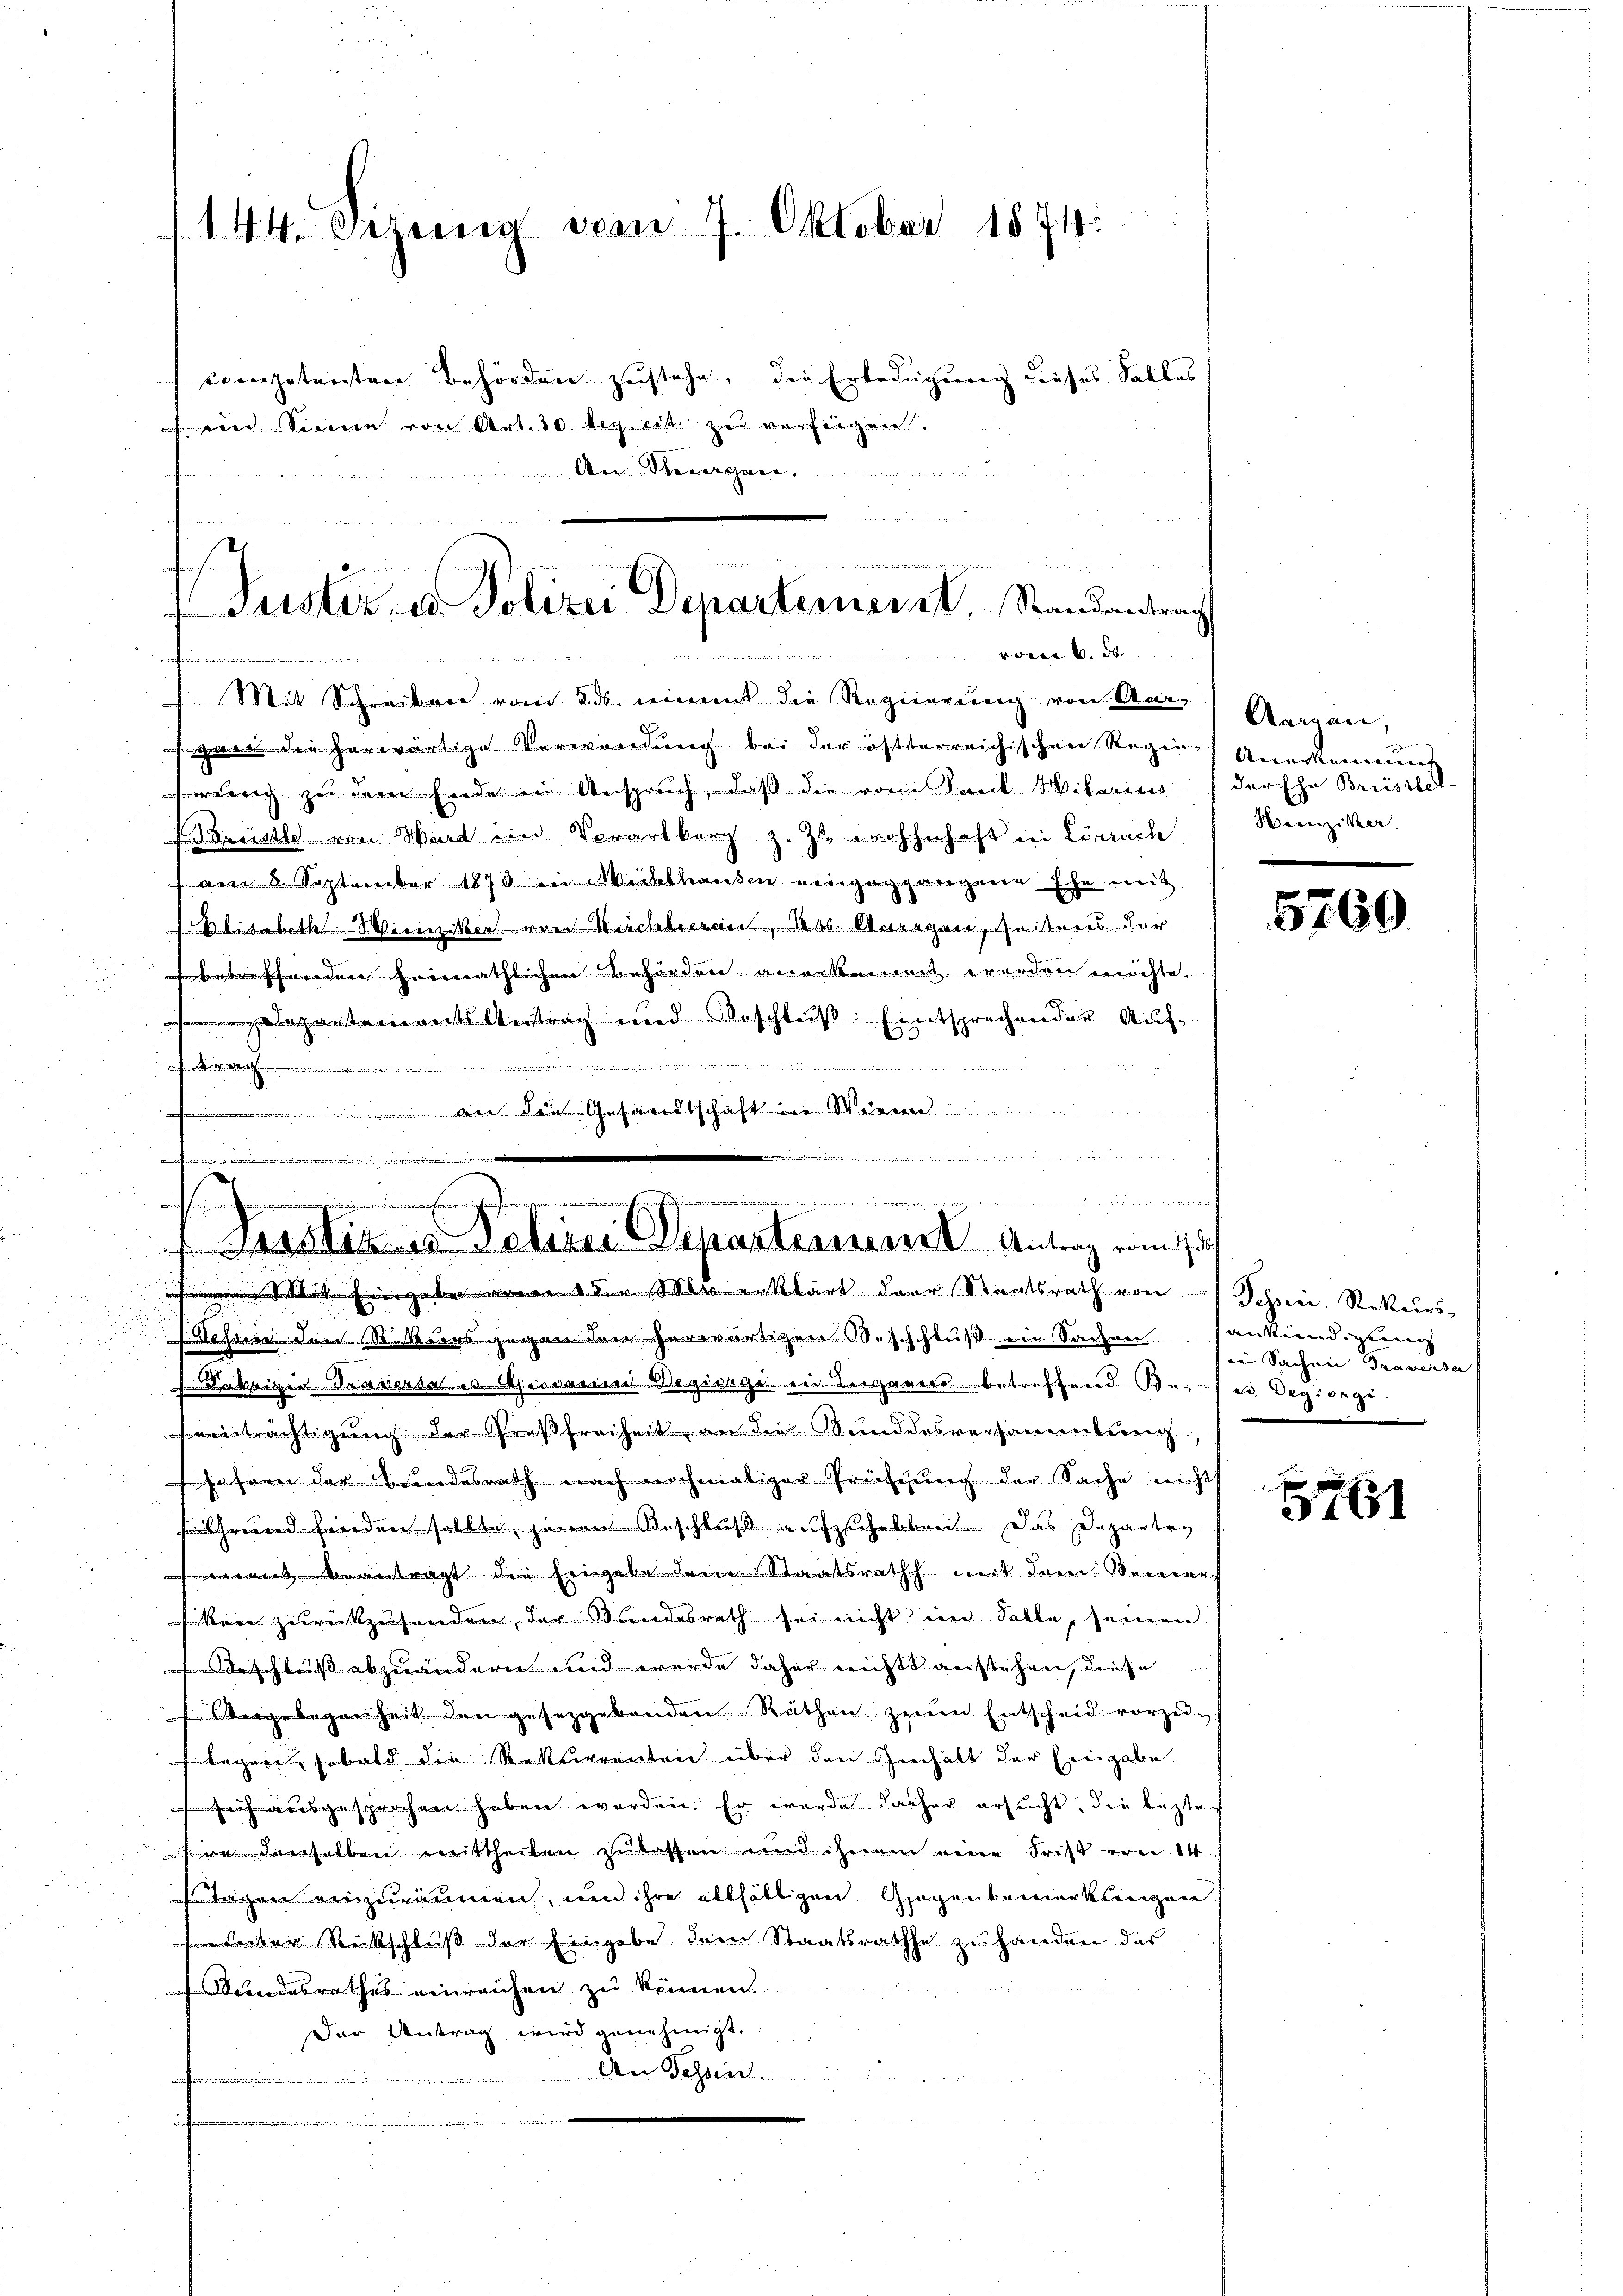
144. Sizerin vom 7. Oktober 1874.

tconpetenten Behörden zustehe, die Erledigung dieses Falles
 ein Seinen von Art. 30 leg. cit. zu verfeigen.
An Tagen

der

schen
Justiz, u. Polizei Departement, Randantrag
v. den

Mit Schreiben vom 3. ds. einent die Regierung von Aarsgart die herwärtige Verwendung bei der öftterreichischen Regen Anerkennung
dich zu dem Ende in Anspruch, daß die vom Dank Mitarius
Preistle von Ward im Verartburg zuzuwohnhaft in Lörrach
am 8. September 1873 in Wichthausen eingeggangene Ehe weit
SElisabeth Wien Viel von Nachbeeren, das Anregen, seiteres der
en heimathlichen Behörden anerkennt werden möchte.
partements Antrag und Beschluß Entsprechender Auf¬
....................
  Die Gesandtschaft in St

  in d
n
f 14 des er in den wer

xxx
n
irer Departernerer Antrag vom 1 des

Aargau,
der Ehr Brüsstel
Henziker

gabe dem Mass erklärt der Staatsrath von Schrei. Rekurs
 Sessen. Jean Rittersgegenden herwärtigen Westschluß in Sachen antiendigen
Fabrigen Traversal es Giovanien-Bezierge ein Teigener betreffend Sonnes Regiers
einträchtigung der Preßfreiheit, an die Kundesversammlung
Jahren der sondesrath nach nochmaliger Prüfung der Sache nicht
hrend finden sollte jenen Beschluß aufzuheben. Das Departen
etragt die Eingabe dem Staatsrath mit dem Meiner
en zurückzusenden, der Wundesrath sei nicht im Falle, seinen
rschluß abzuändern und wurde daher nichts anstehen, diese
 Angelegenheit den gesetzgebenden Räthen zur Entscheid vorzŭn
begrei, sobald die Rekurrenten über den Zinnhalt der Eingabe.
ausgesprochen haben werden. Er wurde daher ersucht, die leztederselben mittheilen zulassen und ihnen eine Frist von 14
 Tagen einzuräumen, um ihre allfältigen Gegenbemerkungen
eseiter Rückschluß der Eingabe dem Staatsrathe zu handen das
Wandesrathes einreichen zu können.
Der Antrag wird genehmigt.
 . S
.

5760

re Sachen Traverse

1